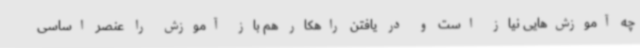
چه آموزش‌هایی نیاز است و در یافتن راهکار هم باز آموزش را عنصر اساسی